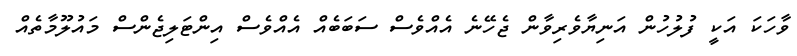
ވާހަކަ އަކީ ފުލުހުން އަނިޔާވެރިވާން ޖެހޭނެ އެއްވެސް ސަބަބެއް އެއްވެސް އިންޓަލިޖެންސް މައުލޫމާތެއް